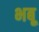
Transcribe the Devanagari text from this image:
भबू